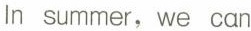
In summer, we can